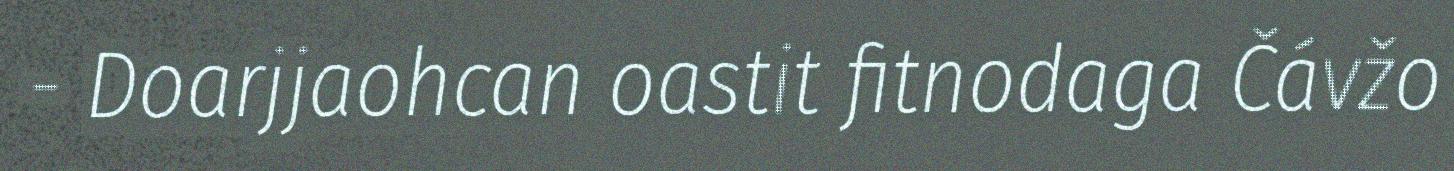
- Doarjjaohcan oastit fitnodaga Čávžo